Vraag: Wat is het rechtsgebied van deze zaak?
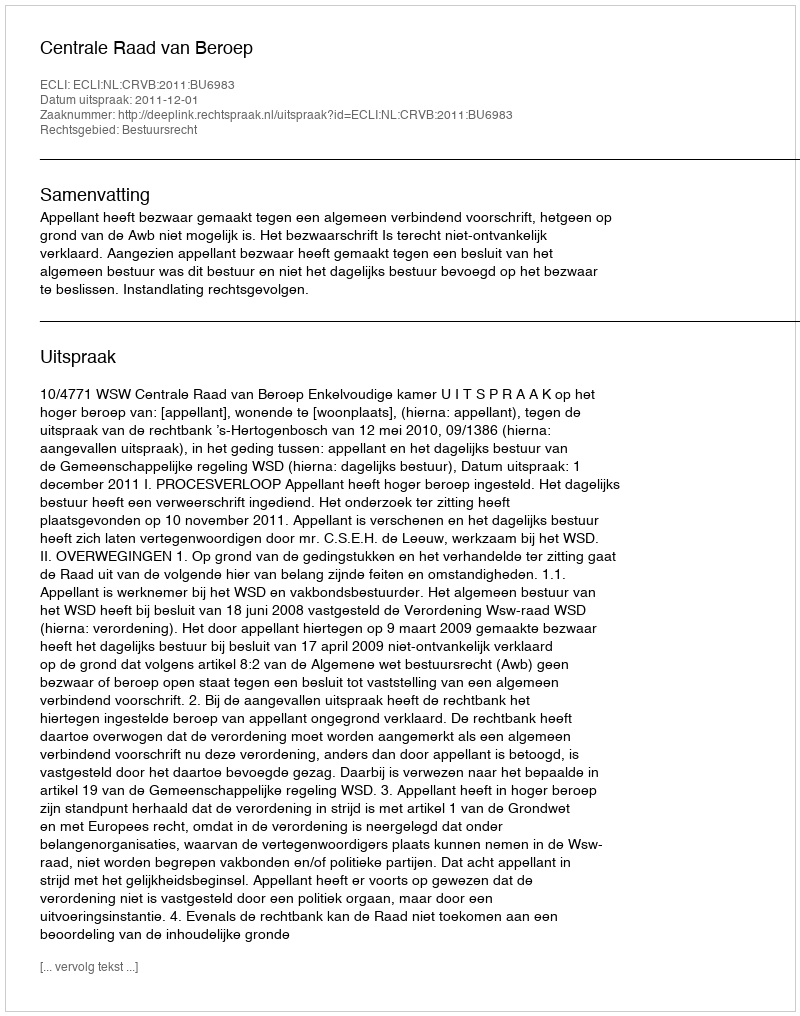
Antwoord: Bestuursrecht